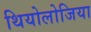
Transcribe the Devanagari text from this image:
थियोलोजिया